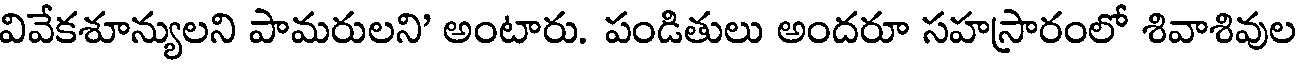
వివేకశూన్యులని పామరులని' అంటారు. పండితులు అందరూ సహస్రారంలో శివాశివుల